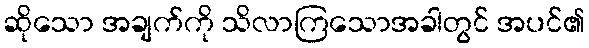
ဆိုသော အချက်ကို သိလာကြသောအခါတွင် အပင်၏